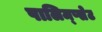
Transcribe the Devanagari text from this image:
पालिम्प्सेट